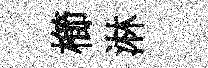
櫛淋